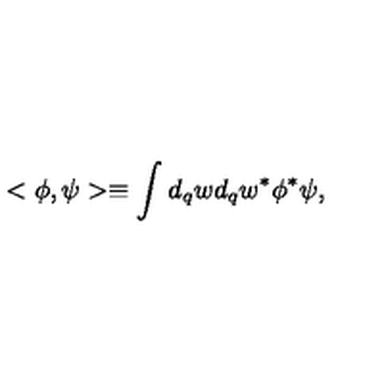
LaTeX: < \phi , \psi > \equiv \int _ { } ^ { } d _ { q } w d _ { q } w ^ { \ast } \phi ^ { \ast } \psi ,